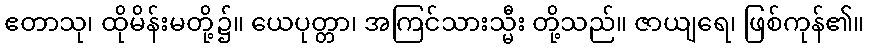
ဧတာသု၊ ထိုမိန်းမတို့၌။ ယေပုတ္တာ၊ အကြင်သားသ္မီး တို့သည်။ ဇာယျရေ၊ ဖြစ်ကုန်၏။